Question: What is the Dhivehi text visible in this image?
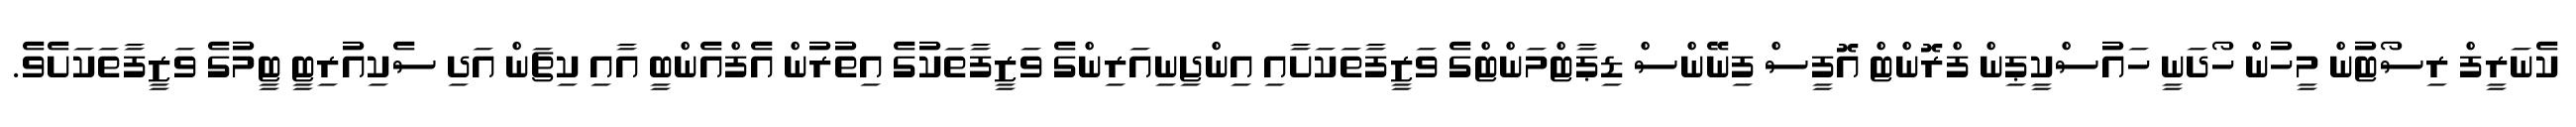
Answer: ކެނަރީފް ރިސޯޓުން މީހުން ހޯދަނީ ހައުސްކީޕިން ފްރޮންޓް އޮފީސް ފިނޭންސް ޑިޕާޓްމަންޓްގެ ވަޒީފާތަކަށާއި އިންޖިނިއަރިންގެ ވަޒީފާތަކުގެ އިތުރުން އެފްއެންބީ އާއި ކިޗަން އަދި ސެކިއުރިޓީ ޓީމުގެ ވަޒީފާތަކަށެވެ.